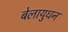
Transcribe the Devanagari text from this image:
बेलायुधन